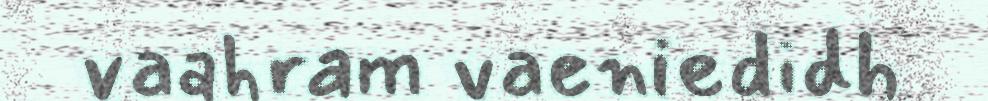
vaahram vaeniedidh